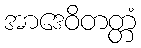
အာဒေဝိတတ္တံ